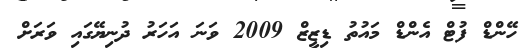
ހޭންޑް ފުޓް އެންޑް މައުތު ޑިޒީޒް 2009 ވަނަ އަހަރު ދުނިޔޭގައި ވަރަށް